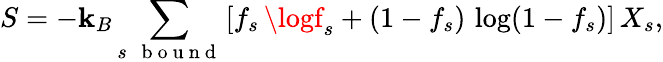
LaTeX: S=-\mathbf{k}_{B}\sum_{s\mathrm{{~\, ~b~o~u~n~d~}}}\left[f_{s}\, \logf_{s}+(1-f_{s})\, \log(1-f_{s})\right]\, X_{s},